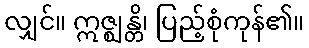
လျှင်။ ဣဇ္ဈန္တိ၊ ပြည့်စုံကုန်၏။